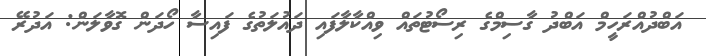
އަބްދުއްރަހީމް އަބްދު ގާސިމްގެ ރިސޯޓުތައް ވިއްކާލާފައި ދައުލަތުގެ ފައިސާ ހޯދަން ގޮވާލަން: އަދުރޭ